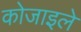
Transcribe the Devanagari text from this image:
कोजाइले